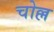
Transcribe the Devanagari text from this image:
चोल्ल